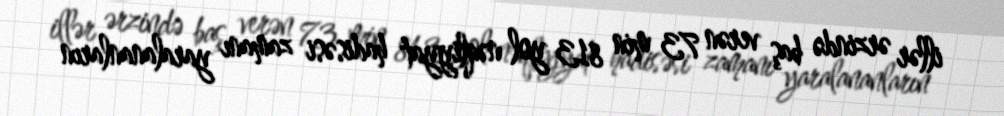
illər ərzində baş verən 73 min 813 yol nəqliyyat hadisəsi zamanı yaralananların